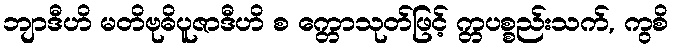
ဘျာဒီဟိ မတိဗုဓိပူဇာဒီဟိ စ က္တောသုတ်ဖြင့် က္တပစ္စည်းသက်, ကွစိ